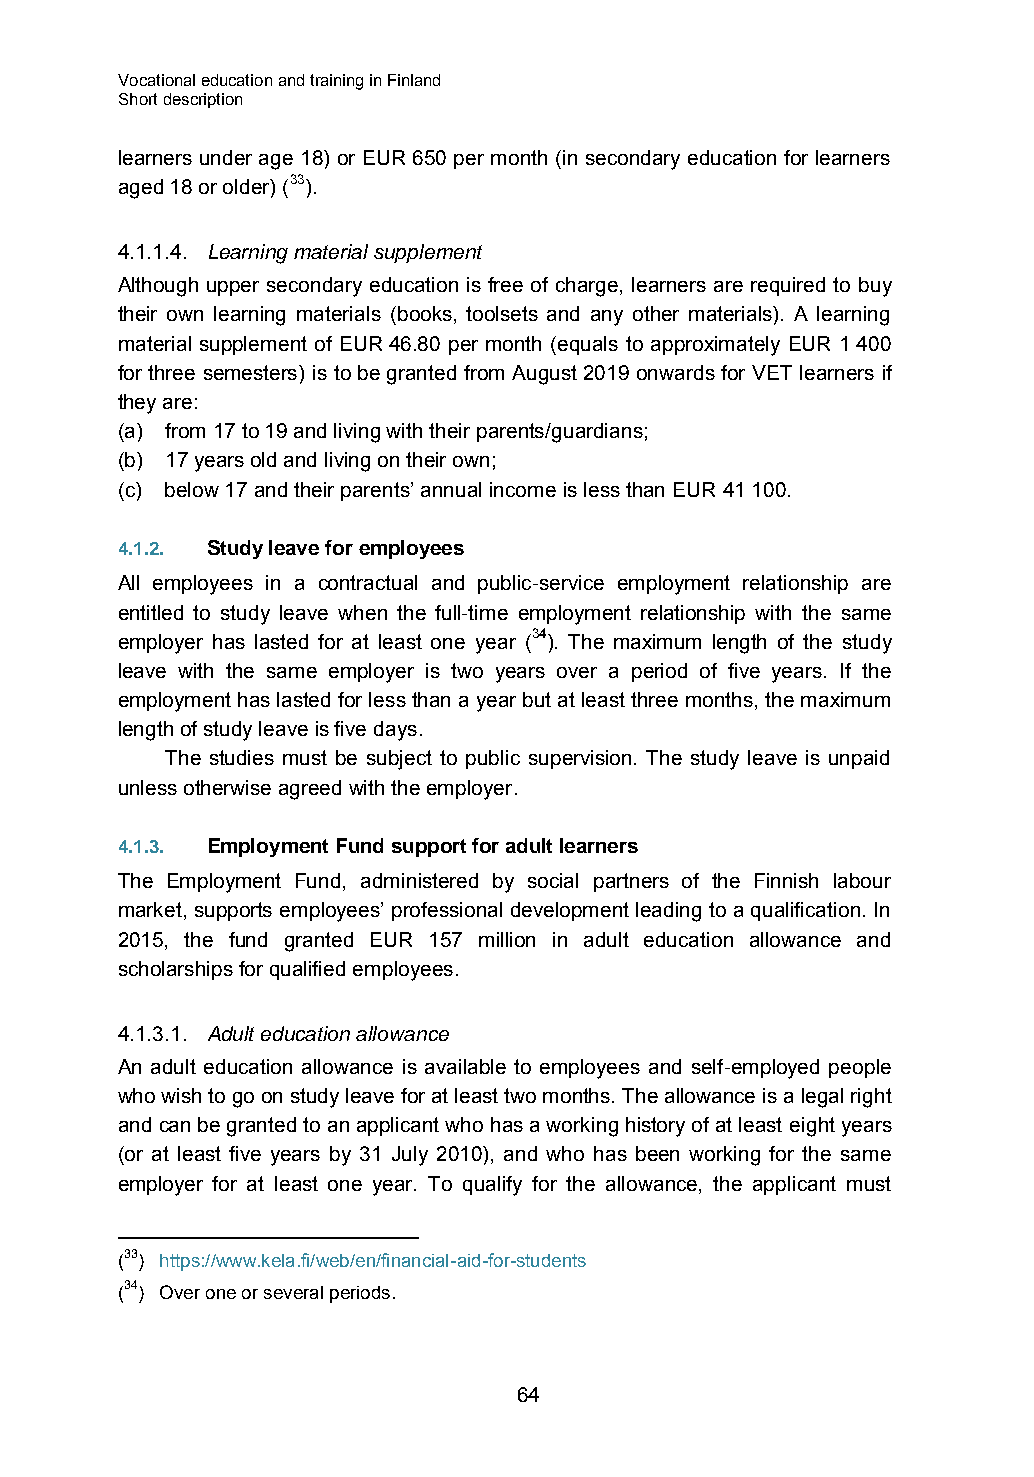
Vocational education and training in Finland
 Short description
 learners under age 18) or EUR 650 per month (in secondary education for learners
 aged 18 or older) (33).
 4.1.1.4. Learning material supplement
 Although upper secondary education is free of charge, learners are required to buy
 their own learning materials (books, toolsets and any other materials). A learning
 material supplement of EUR 46.80 per month (equals to approximately EUR 1 400
 for three semesters) is to be granted from August 2019 onwards for VET learners if
 they are:
 (a) from 17 to 19 and living with their parents/guardians;
 (b) 17 years old and living on their own;
 (c) below 17 and their parents’ annual income is less than EUR 41 100.
 4.1.2. Study leave for employees
 All employees in a contractual and public-service employment relationship are
 entitled to study leave when the full-time employment relationship with the same
 employer has lasted for at least one year (34). The maximum length of the study
 leave with the same employer is two years over a period of five years. If the
 employment has lasted for less than a year but at least three months, the maximum
 length of study leave is five days.
 The studies must be subject to public supervision. The study leave is unpaid
 unless otherwise agreed with the employer.
 4.1.3. Employment Fund support for adult learners
 The Employment Fund, administered by social partners of the Finnish labour
 market, supports employees’ professional development leading to a qualification. In
 2015, the fund granted EUR 157 million in adult education allowance and
 scholarships for qualified employees.
 4.1.3.1. Adult education allowance
 An adult education allowance is available to employees and self-employed people
 who wish to go on study leave for at least two months. The allowance is a legal right
 and can be granted to an applicant who has a working history of at least eight years
 (or at least five years by 31 July 2010), and who has been working for the same
 employer for at least one year. To qualify for the allowance, the applicant must
 (33) https://www.kela.fi/web/en/financial-aid-for-students
 (34) Over one or several periods.
 64